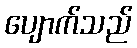
ပျောက်သည်